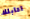
اقابلك